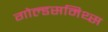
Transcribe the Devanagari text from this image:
गोल्डसमिथ्स